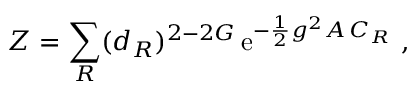
Z = \sum _ { R } ( d _ { R } ) ^ { 2 - 2 G } \, \mathrm { e } ^ { - { \frac { 1 } { 2 } } g ^ { 2 } { \cal A } \, C _ { R } } ~ ,